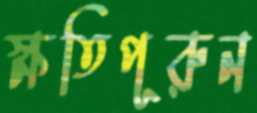
ক্ষতিপূরুন